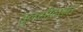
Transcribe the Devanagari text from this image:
तुलसीदास।